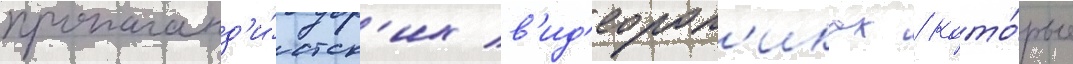
пропаганд'и́стск'их в'ид'еорол'иках / кото́рые